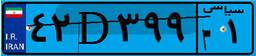
۴۲D۳۹۹۰۱